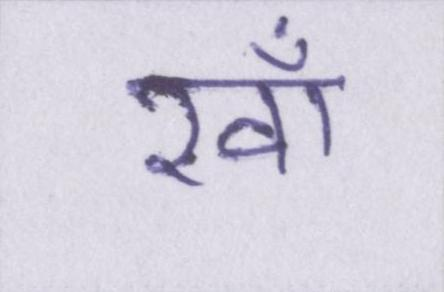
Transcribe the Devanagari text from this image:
खाँ